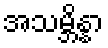
အသမ္ဘိန္နာ